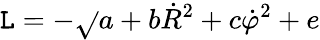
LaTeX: {\cal\mathtt{L}}=-\sqrt{}{{a+b\dot{{R}}^{2}+c\dot{{\varphi}}^{2}}}+e